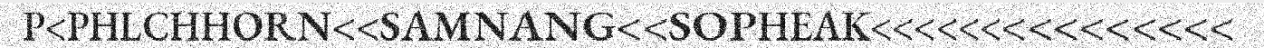
P<PHLCHHORN<<SAMNANG<<SOPHEAK<<<<<<<<<<<<<<<